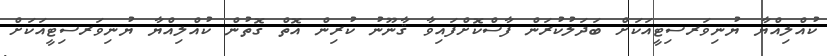
ކުއްލިއްޔާ ޔުނިވަރސިޓީއަކަށް ބަދަލުކުރަން ފާސްކޮށްފައިވާ ޤާނޫނު ކުރިން އޮތް ގޮތުން ކުއްލިއްޔާ ޔުނިވަރސިޓީއަކަށް